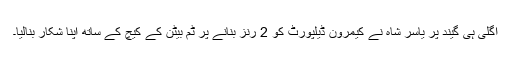
اگلی ہی گیند پر یاسر شاہ نے کیمرون ڈیلپورٹ کو 2 رنز بنانے پر ٹم بیٹن کے کیچ کے ساتھ اپنا شکار بنالیا۔